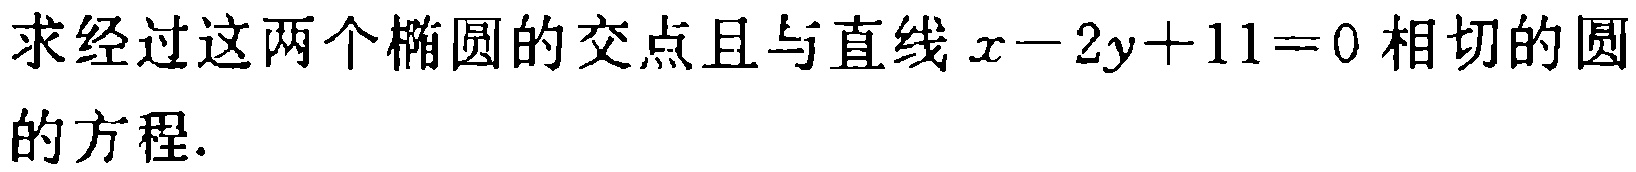
求经过这两个椭圆的交点且与直线\(x - 2y + 11 = 0\)相切的圆的方程.